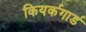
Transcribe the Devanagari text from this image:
कियर्कगार्ड